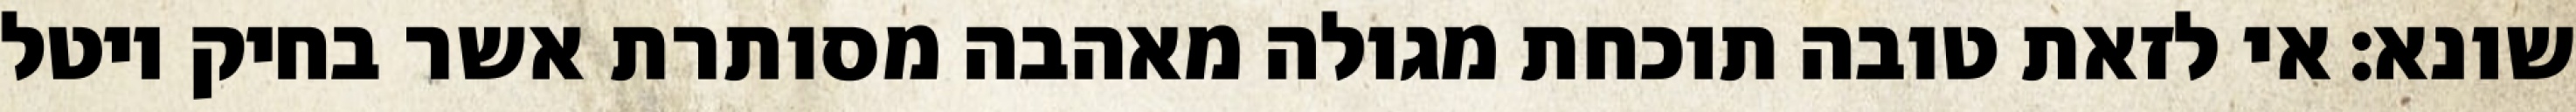
שונא: אי לזאת טובה תוכחת מגולה מאהבה מסותרת אשר בחיק יוטל